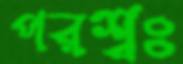
পরশ্বঃ